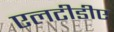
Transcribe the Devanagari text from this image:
एलटीडीए